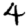
Digit: 4